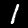
Label: 1